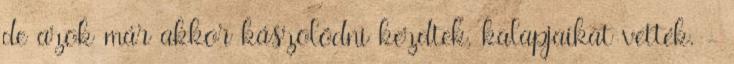
de azok már akkor kászolódni kezdtek, kalapjaikat vették. -